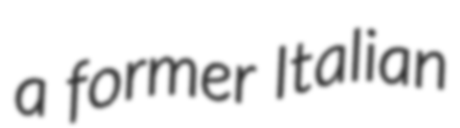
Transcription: a former Italian